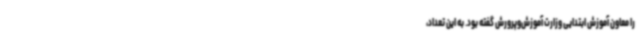
را معاون آموزش ابتدایی وزارت آموزش‌وپرورش گفته بود. به این تعداد،